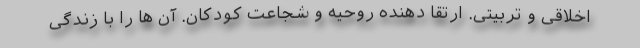
اخلاقی و تربیتی. ارتقا دهنده روحیه و شجاعت کودکان. آن ها را با زندگی